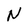
Character: N